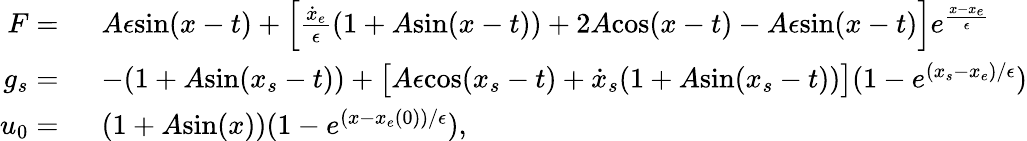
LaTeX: \begin{array}{rl}{F=\ }&{A\epsilon\mathrm{sin}(x-t)+\Big[\frac{\dot{x}_{e}}{\epsilon}(1+A\mathrm{sin}(x-t))+2A\mathrm{cos}(x-t)-A\epsilon\mathrm{sin}(x-t)\Big]e^{\frac{x-x_{e}}{\epsilon}}}\\ {g_{s}=\ }&{-(1+A\mathrm{sin}(x_{s}-t))+\big[A\epsilon\mathrm{cos}(x_{s}-t)+\dot{x}_{s}(1+A\mathrm{sin}(x_{s}-t))\big](1-e^{(x_{s}-x_{e})/\epsilon})}\\ {u_{0}=\ }&{(1+A\mathrm{sin}(x))(1-e^{(x-x_{e}(0))/\epsilon}),}\end{array}